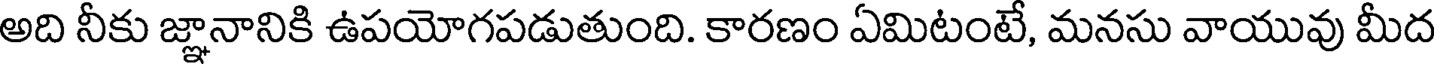
అది నీకు జ్ఞానానికి ఉపయోగపడుతుంది. కారణం ఏమిటంటే, మనసు వాయువు మీద